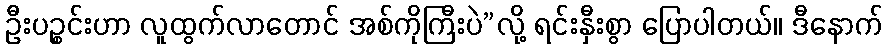
ဦးပဉ္စင်းဟာ လူထွက်လာတောင် အစ်ကိုကြီးပဲ”လို့ ရင်းနှီးစွာ ပြောပါတယ်။ ဒီနောက်